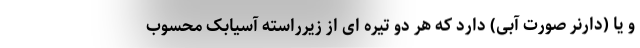
و یا (دارنر صورت آبی) دارد که هر دو تیره ای از زیرراسته آسیابک محسوب